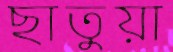
ছাতুয়া